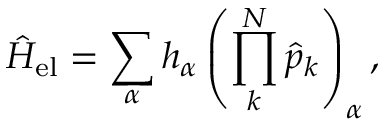
\hat { H } _ { \mathrm { e l } } = \sum _ { \alpha } h _ { \alpha } \left( \prod _ { k } ^ { N } \hat { p } _ { k } \right) _ { \alpha } ,